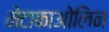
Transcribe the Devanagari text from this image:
मेटाकाओलिन